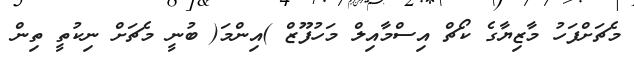
މެޗަށްފަހު މާޒިޔާގެ ކޯޗް އިސްމާއިލް މަހުފޫޒް )އިންމަ( ބުނީ މެޗަށް ނިކުތީ ތިން